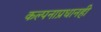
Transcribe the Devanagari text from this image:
कल्पनाप्रधानही